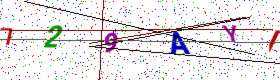
Text: 729AYI